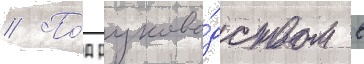
// По́д руково́дством в